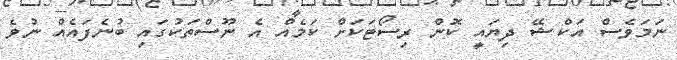
ނަމަވެސް އަކްޝޭ ދިޔައީ ކޮން ރިސޯޓަކަށް ކަމެއް އެ ނޫސްތަކުގައި ބުނެފައެއް ނުވެ